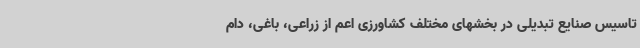
تاسیس صنایع تبدیلی در بخشهای مختلف کشاورزی اعم از زراعی، باغی، دام